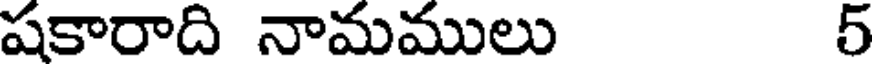
షకారాది నామములు 5